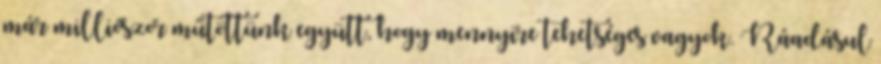
már milliószor műtöttünk együtt, hogy mennyire tehetséges vagyok. Ráadásul